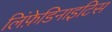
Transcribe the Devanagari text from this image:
लिंफ़ेडिनाइटिस